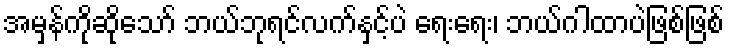
အမှန်ကိုဆိုသော် ဘယ်ဘုရင်လက်နှင့်ပဲ ရေးရေး၊ ဘယ်ဂါထာပဲဖြစ်ဖြစ်